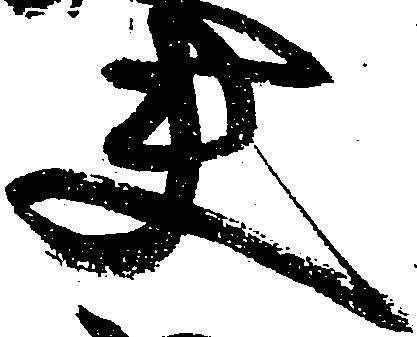
夫